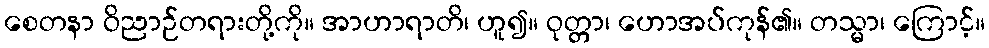
စေတနာ ဝိညာဉ်တရားတို့ကို။ အာဟာရာတိ၊ ဟူ၍။ ဝုတ္တာ၊ ဟောအပ်ကုန်၏။ တသ္မာ၊ ကြောင့်။